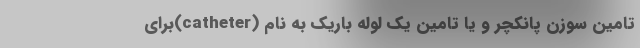
تامین سوزن پانکچر و یا تامین یک لوله باریک به نام (catheter)برای